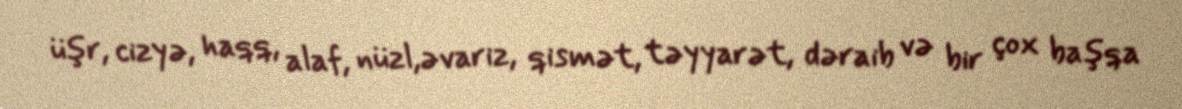
üşr, cizyə, haqq, alaf, nüzl,əvariz, qismət, təyyarət, dəraib və bir çox başqa